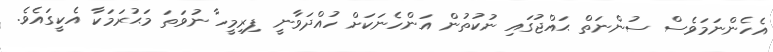
އެހެންނަމަވެސް ސުންނަތް ޙައްޖުގައި ނުކުތުން އަންހެނަކަށް ހުއްދަވާނީ ފިރިމީހާ ނުވަތަ މަޙުރަމަކާ އެކީގައެވެ.